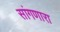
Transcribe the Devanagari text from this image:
सांंगणारा